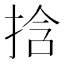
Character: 𫼹